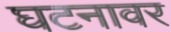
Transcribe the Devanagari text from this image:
घटनावर